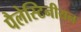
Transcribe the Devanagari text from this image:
पैलेस्टिनीयन